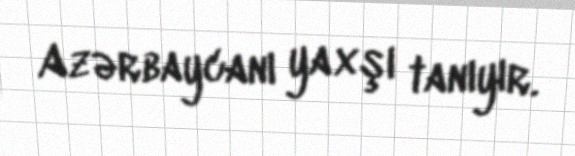
Azərbaycanı yaxşı tanıyır.